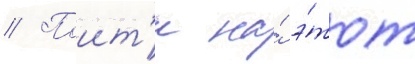
// Поит'и на́ э́тот